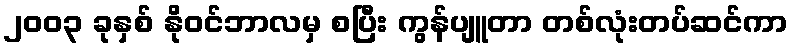
၂၀၀၃ ခုနှစ် နိုဝင်ဘာလမှ စပြီး ကွန်ပျူတာ တစ်လုံးတပ်ဆင်ကာ